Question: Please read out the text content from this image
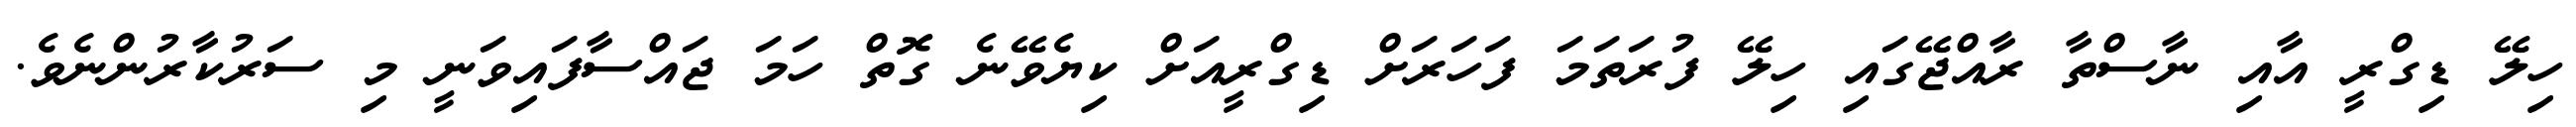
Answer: ހިލޭ ޑިގްރީ އާއި ނާސްތާ ރާއްޖޭގައި ހިލޭ ފުރަތަމަ ފަހަރަށް ޑިގްރީއަށް ކިޔެވޭނެ ގޮތް ހަމަ ޖައްސާފައިވަނީ މި ސަރުކާރުންނެވެ.